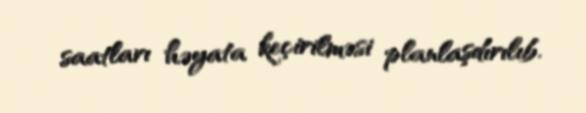
saatları həyata keçirilməsi planlaşdırılıb.